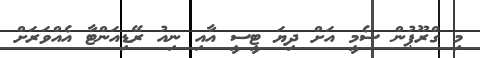
މި ގްރޫޕުން ސެމީ އަށް ދިޔަ ޓީސީ އާއި ނިއު ރޭޑިއަންޓާ އެއްވަރަށް